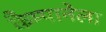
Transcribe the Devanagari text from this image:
कैम्पानेला